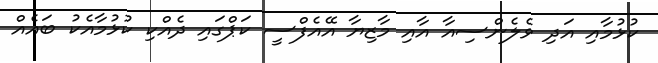
ކުޅުމާއި އަދި ވެލެންސިއާ އާއި މާޒިޔާ އޭއެފްސީ ކަޕްގައި ދެއްކި ކުޅުމާއެކު ބައެއް